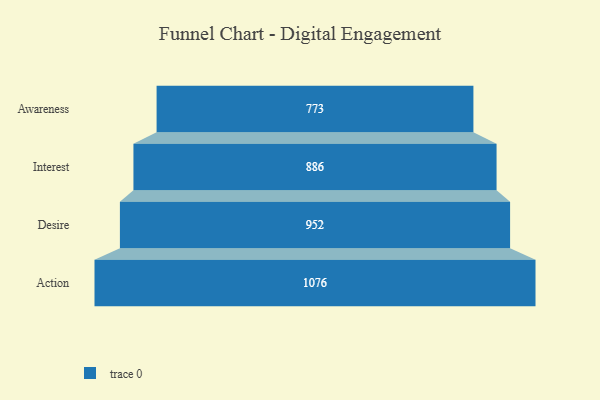
{"axis": {"x": "Stage", "y": "Value"}, "legend": [""], "data": [{"x": "Awareness", "y": 773.0, "type": ""}, {"x": "Interest", "y": 886.0, "type": ""}, {"x": "Desire", "y": 952.0, "type": ""}, {"x": "Action", "y": 1076.0, "type": ""}]}